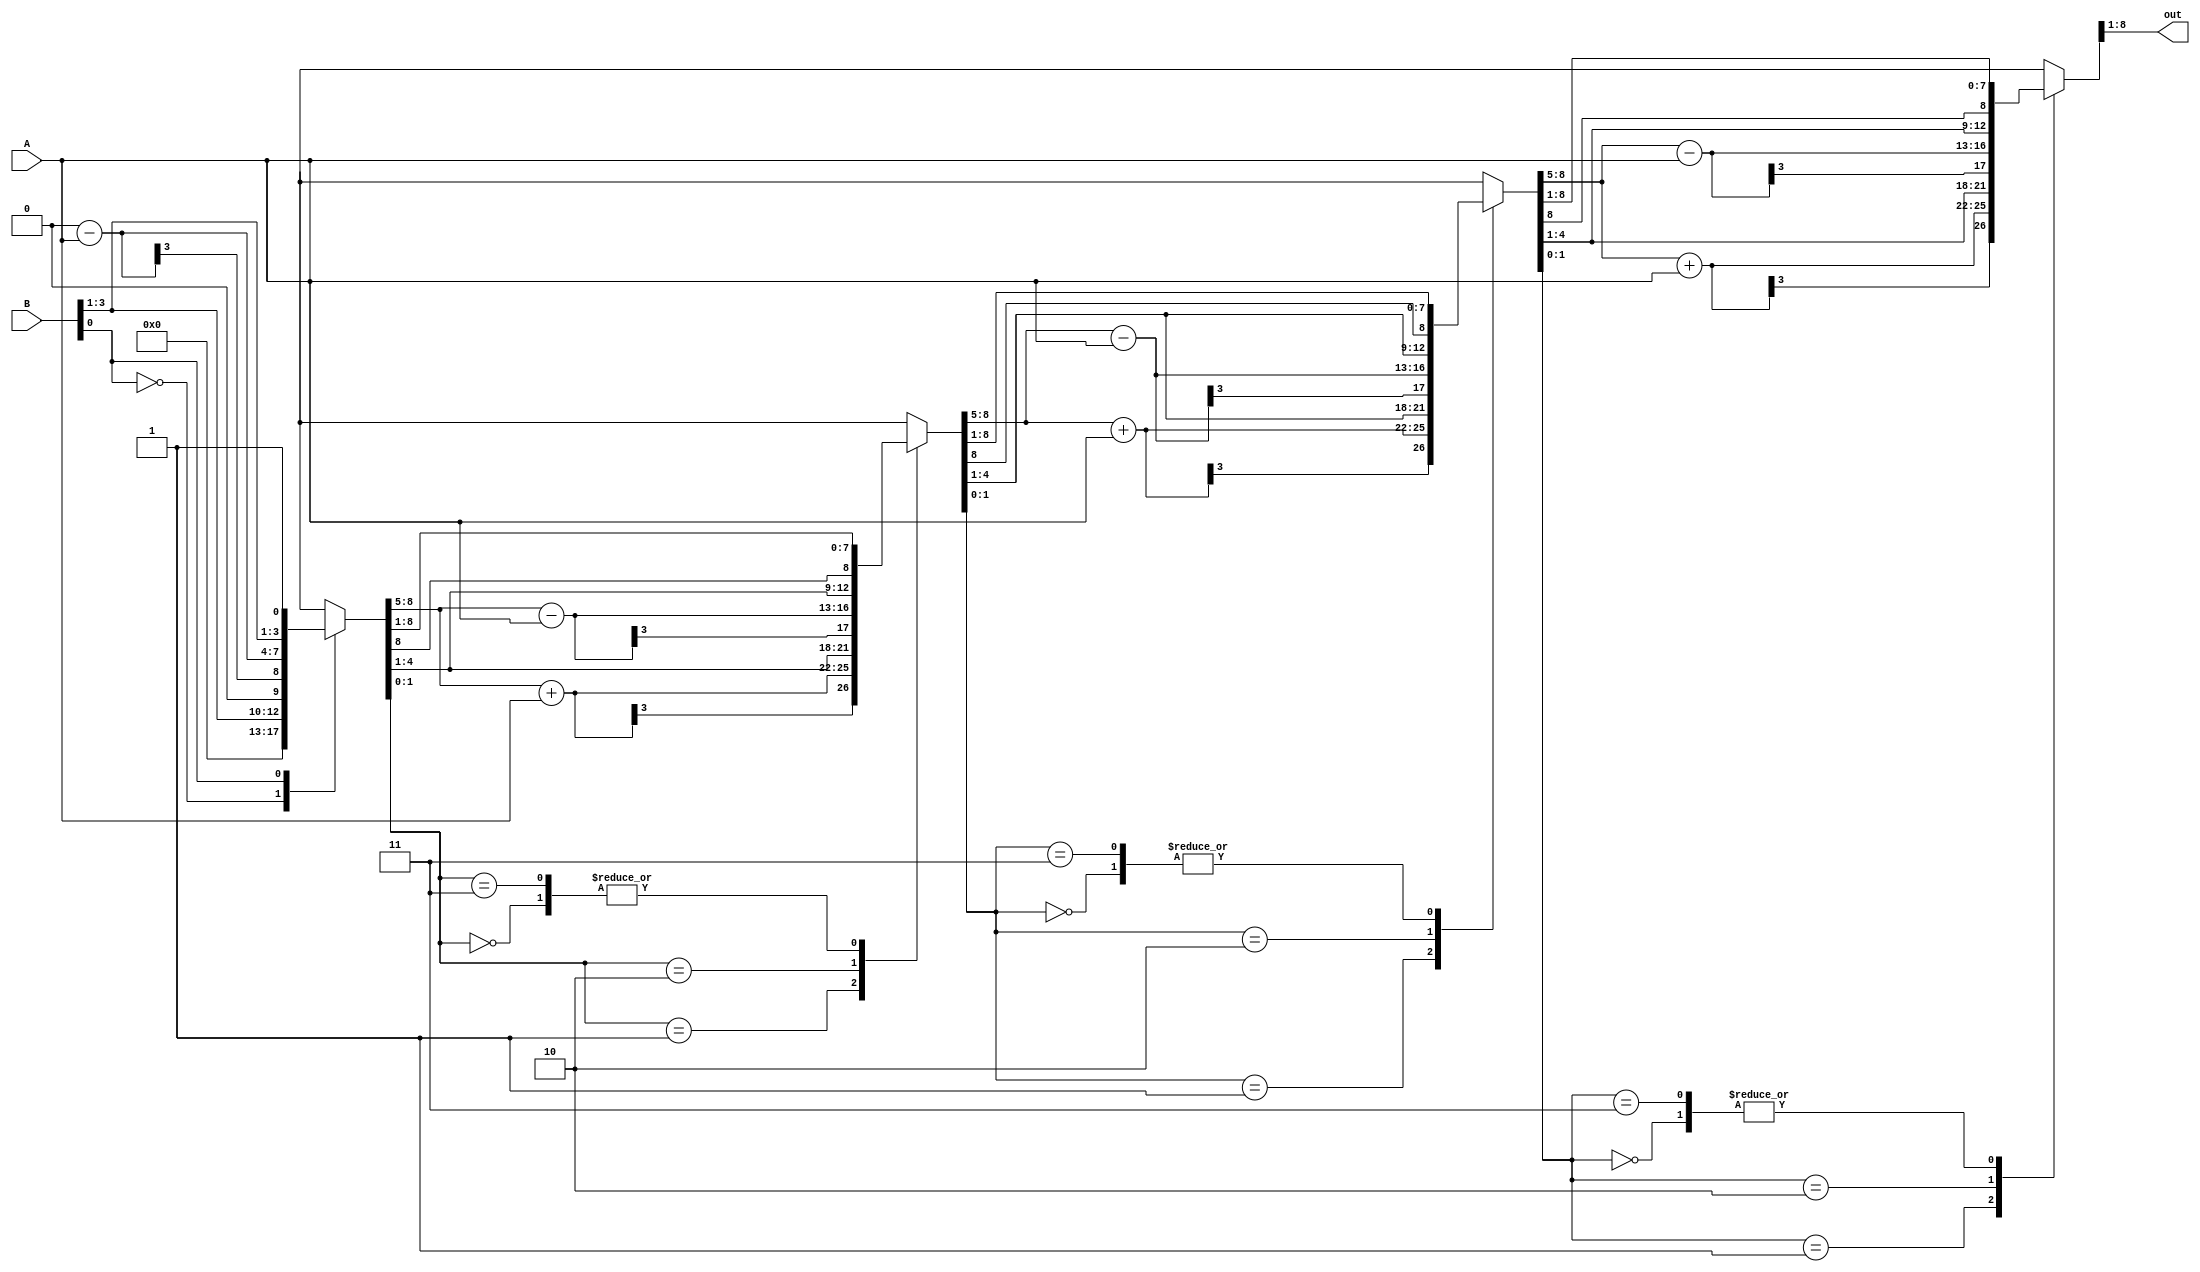
`timescale 1ns / 1ps
module booth_multiplier(input [3:0] A,B,output reg [7:0] out);
reg [3:0] AC;
reg [3:0] B_reg;
reg Qres=0;
integer i;
always @(*) begin
    AC=4'b0000;
    B_reg=B;
    Qres=0;
    $display("%b %b %b",AC,B_reg,Qres);
for(i=0;i<4;i=i+1) begin
    $display("%b %b ",B_reg[0],Qres);
    case({B_reg[0],Qres})
    
    2'b00: begin
        {AC, B_reg, Qres} = {{AC[3], AC[3:1]}, {AC[0], B_reg[3:1]}, B_reg[0]};
    end
    2'b01: begin 
        AC = AC + A;
        $display("%b %b %b",AC,B_reg,Qres);
        {AC, B_reg, Qres} = {{AC[3], AC[3:1]}, {AC[0], B_reg[3:1]}, B_reg[0]};
    end
    2'b10: begin
        AC = AC - A;
         $display("%b %b %b",AC,B_reg,Qres);
        {AC, B_reg, Qres} = {{AC[3], AC[3:1]}, {AC[0], B_reg[3:1]}, B_reg[0]};
    end
    2'b11:begin
        {AC, B_reg, Qres} = {{AC[3], AC[3:1]}, {AC[0], B_reg[3:1]}, B_reg[0]};
    end
    default:begin
        {AC,B_reg,Qres}={AC,B_reg,Qres};
    end
    endcase
    $display("%b %b %b",AC,B_reg,Qres);
    end
        out ={AC,B_reg};
end
endmodule